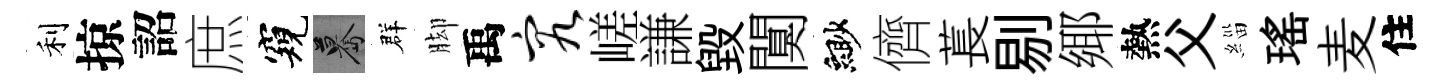
利掠詔庶窺驀群脚禹究嵯謙毁闃緲儕萇剔鄊熱父緇瑤麦住